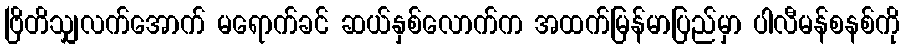
ဗြိတိသျှလက်အောက် မရောက်ခင် ဆယ်နှစ်လောက်က အထက်မြန်မာပြည်မှာ ပါလီမန်စနစ်ကို